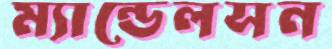
ম্যান্ডেলসন